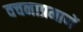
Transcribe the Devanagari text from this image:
वचनाप्रमाणें